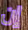
إن